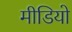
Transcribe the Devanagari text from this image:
मीडियो